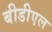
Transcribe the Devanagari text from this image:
बीडीएल